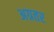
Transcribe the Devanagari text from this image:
अग्रतर